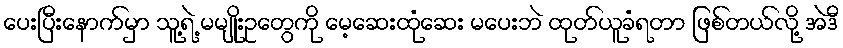
ပေးပြီးနောက်မှာ သူ့ရဲ့ မမျိုးဥတွေကို မေ့ဆေးထုံဆေး မပေးဘဲ ထုတ်ယူခံရတာ ဖြစ်တယ်လို့ အဲဒီ